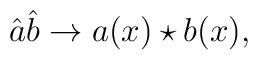
\hat{a}\hat{b} \rightarrow a(x) \star b(x),